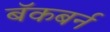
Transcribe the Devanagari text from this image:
बॅकबर्न